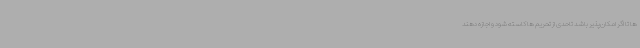
ها تا اگر امکان‌پذیر باشد تاحدی از تحریم ها کاسته شود و اجازه دهند